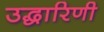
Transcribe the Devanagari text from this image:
उद्धारिणी